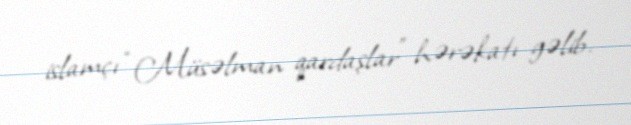
islamçı “Müsəlman qardaşlar” hərəkatı gəlib.